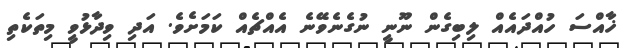
ޚާއްސަ ހުއްދައެއް ލިބިގެން ނޫނީ ނުގެނެވޭނެ އެއްޗެއް ކަމަށެވެ. އަދި ވިދާޅުވީ މިތަކެތި